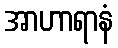
အာဟာရာနံ